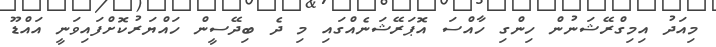
މިއަދު އިމިގްރޭޝަނުން ހިންގި ހާއްސަ އޮޕަރޭޝަނެއްގައި މި ދެ ބިދޭސީން ހައްޔަރުކޮށްފައިވަނީ އައްޑޫ